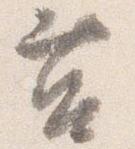
莒